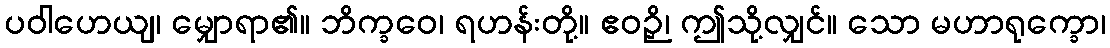
ပဝါဟေယျ၊ မျှောရာ၏။ ဘိက္ခဝေ၊ ရဟန်းတို့။ ဧဝဉှိ၊ ဤသို့လျှင်။ သော မဟာရုက္ခော၊